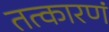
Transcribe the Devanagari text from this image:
तत्कारणं